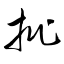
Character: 批